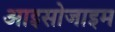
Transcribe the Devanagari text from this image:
आइसोजाइम